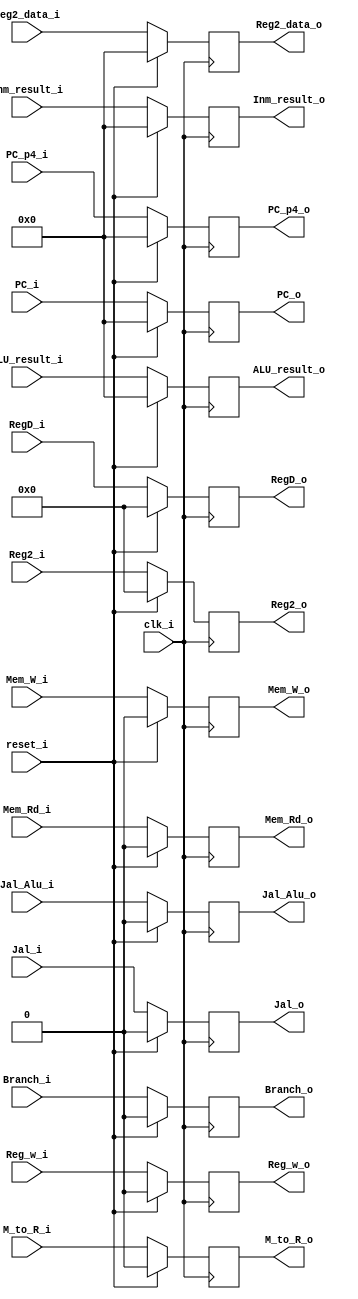
module Execute_register(
	input clk_i,
	input reset_i,

	input Reg_w_i,
	input M_to_R_i,
	input Mem_W_i,
	input Mem_Rd_i,
	input Jal_i,
	input Branch_i,
	input Jal_Alu_i,
	input [31:0]Inm_result_i,
	input [31:0]PC_i,
	input [31:0]PC_p4_i,
	input [31:0]Reg2_data_i,
	input [4:0]Reg2_i,
	input [4:0]RegD_i,
	input [31:0]ALU_result_i,
	
	output reg Reg_w_o,
	output reg M_to_R_o,
	output reg Mem_W_o,
	output reg Mem_Rd_o,
	output reg Jal_o,
	output reg Branch_o,
	output reg Jal_Alu_o,
	output reg [31:0]Inm_result_o,
	output reg [31:0]PC_o,
	output reg [31:0]PC_p4_o,
	output reg [31:0]Reg2_data_o,
	output reg [4:0]Reg2_o,
	output reg [4:0]RegD_o,
	output reg [31:0]ALU_result_o
);


always@(posedge clk_i)
	begin
		if(reset_i)
			begin
				Reg_w_o = 1'b0;
				M_to_R_o = 1'b0;
				Mem_W_o = 1'b0;
				Mem_Rd_o = 1'b0;
				Jal_Alu_o = 1'b0;
				Inm_result_o = 0;
				PC_o = 0;
				PC_p4_o = 0;
				Reg2_data_o = 0;
				Reg2_o = 5'b00000;
				RegD_o = 5'b00000;
				ALU_result_o = 0;
				Jal_o = 1'b0;
				Branch_o = 1'b0;
			end
		else
			begin
				Reg_w_o = Reg_w_i;
				M_to_R_o = M_to_R_i;
				Mem_W_o = Mem_W_i;
				Mem_Rd_o = Mem_Rd_i;
				Jal_o = Jal_i;
				Branch_o = Branch_i;
				Jal_Alu_o = Jal_Alu_i;
				Inm_result_o = Inm_result_i;
				PC_o = PC_i;
				PC_p4_o = PC_p4_i;
				Reg2_data_o = Reg2_data_i;
				Reg2_o = Reg2_i;
				RegD_o = RegD_i;
				ALU_result_o = ALU_result_i;
			end	
	end
endmodule